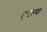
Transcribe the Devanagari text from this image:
हटल्या